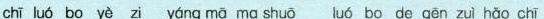
chǐ luó bo yè zi yáng mā ma shuō uó bo de gēn zuì hǎo chǐ